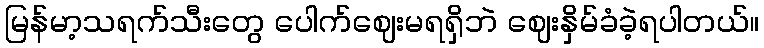
မြန်မာ့သရက်သီးတွေ ပေါက်ဈေးမရရှိဘဲ ဈေးနှိမ်ခံခဲ့ရပါတယ်။